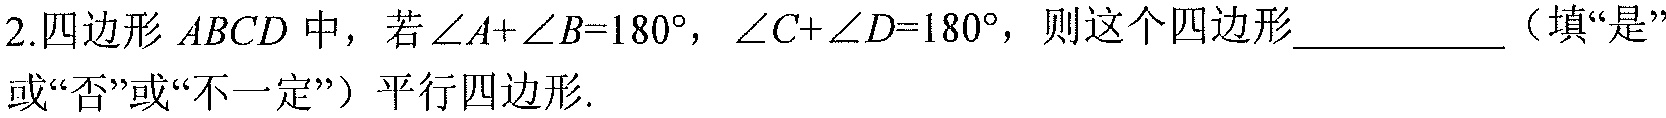
2.四边形 \(ABCD\) 中，若 \(\angle A+\angle B = 180^{\circ}\)，\(\angle C+\angle D = 180^{\circ}\)，则这个四边形_________（填“是”或“否”或“不一定”）平行四边形.